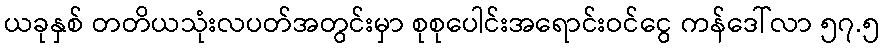
ယခုနှစ် တတိယသုံးလပတ်အတွင်းမှာ စုစုပေါင်းအရောင်းဝင်ငွေ ကန်ဒေါ်လာ ၅၇.၅